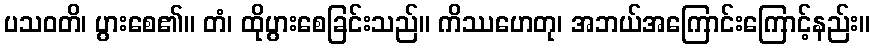
ပသဝတိ၊ ပွားစေ၏။ တံ၊ ထိုပွားစေခြင်းသည်။ ကိဿဟေတု၊ အဘယ်အကြောင်းကြောင့်နည်း။